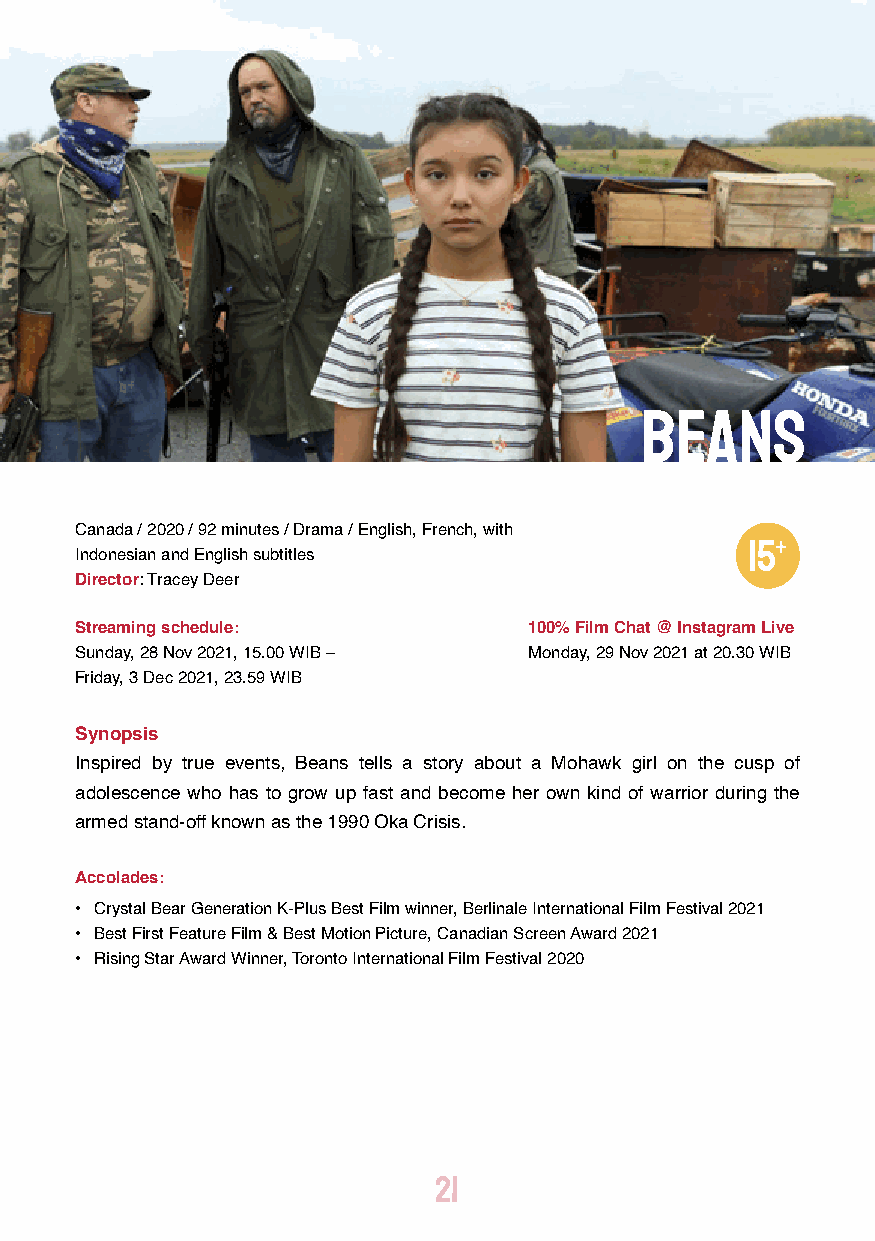
Beans
 Canada / 2020 / 92 minutes / Drama / English, French, with
 Indonesian and English subtitles
 Director: Tracey Deer
 Streaming schedule:           100% Film Chat @ Instagram Live
 Sunday, 28 Nov 2021, 15.00 WIB – Monday, 29 Nov 2021 at 20.30 WIB
 Friday, 3 Dec 2021, 23.59 WIB
 Synopsis
 Inspired by true events, Beans tells a story about a Mohawk girl on the cusp of
 adolescence who has to grow up fast and become her own kind of warrior during the
 armed stand-off known as the 1990 Oka Crisis.
 Accolades:
 • Crystal Bear Generation K-Plus Best Film winner, Berlinale International Film Festival 2021
 • Best First Feature Film & Best Motion Picture, Canadian Screen Award 2021
 • Rising Star Award Winner, Toronto International Film Festival 2020
 21